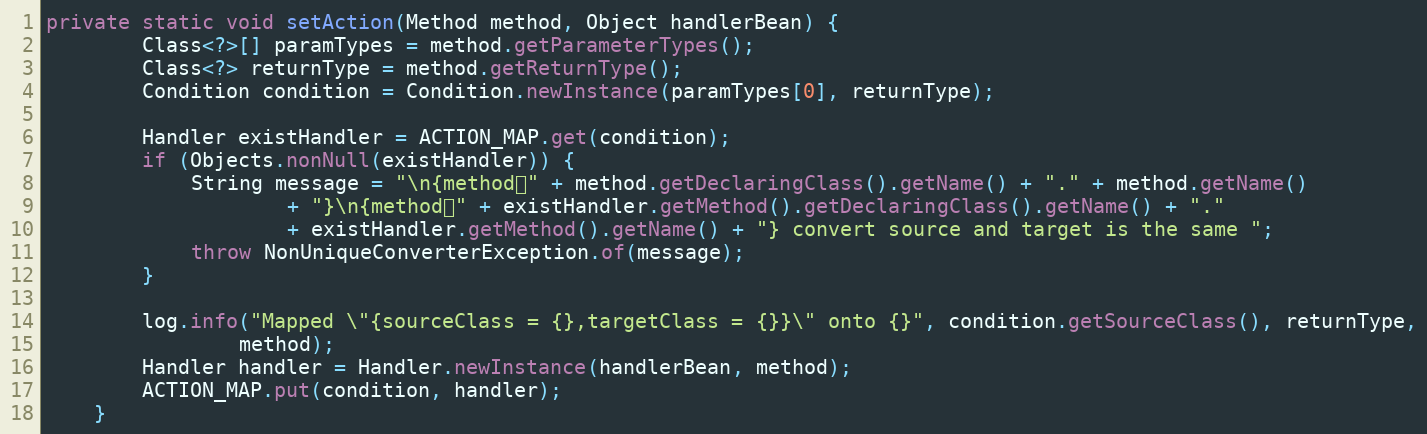
Language: Java
private static void setAction(Method method, Object handlerBean) {
        Class<?>[] paramTypes = method.getParameterTypes();
        Class<?> returnType = method.getReturnType();
        Condition condition = Condition.newInstance(paramTypes[0], returnType);

        Handler existHandler = ACTION_MAP.get(condition);
        if (Objects.nonNull(existHandler)) {
            String message = "\n{method：" + method.getDeclaringClass().getName() + "." + method.getName()
                    + "}\n{method：" + existHandler.getMethod().getDeclaringClass().getName() + "."
                    + existHandler.getMethod().getName() + "} convert source and target is the same ";
            throw NonUniqueConverterException.of(message);
        }

        log.info("Mapped \"{sourceClass = {},targetClass = {}}\" onto {}", condition.getSourceClass(), returnType,
                method);
        Handler handler = Handler.newInstance(handlerBean, method);
        ACTION_MAP.put(condition, handler);
    }